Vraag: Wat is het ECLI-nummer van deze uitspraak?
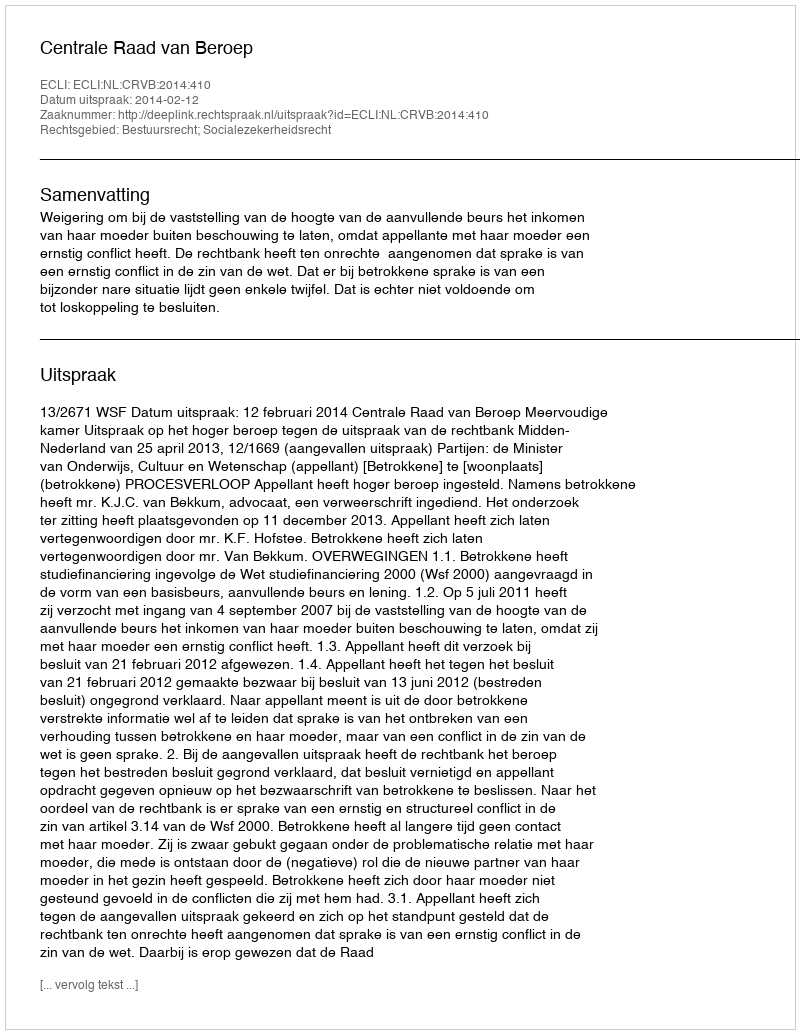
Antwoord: ECLI:NL:CRVB:2014:410